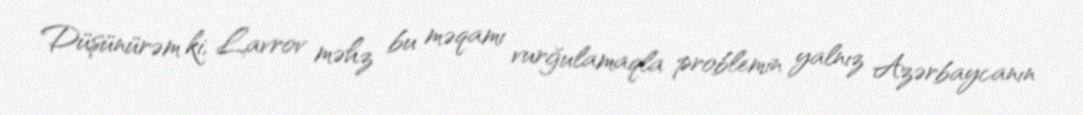
Düşünürəm ki, Lavrov məhz bu məqamı vurğulamaqla problemin yalnız Azərbaycanın